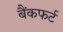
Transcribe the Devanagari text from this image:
बैंकफर्ट